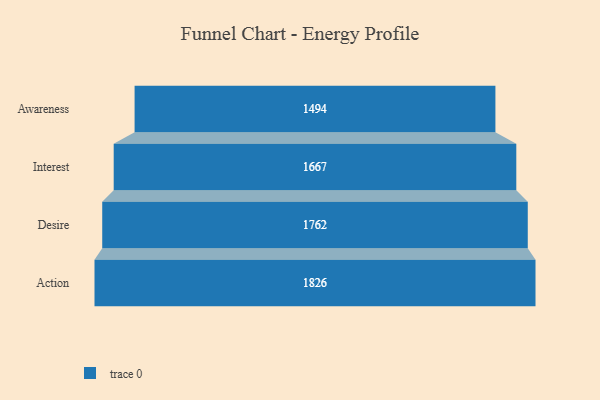
{"axis": {"x": "Stage", "y": "Value"}, "legend": [""], "data": [{"x": "Awareness", "y": 1494.0, "type": ""}, {"x": "Interest", "y": 1667.0, "type": ""}, {"x": "Desire", "y": 1762.0, "type": ""}, {"x": "Action", "y": 1826.0, "type": ""}]}